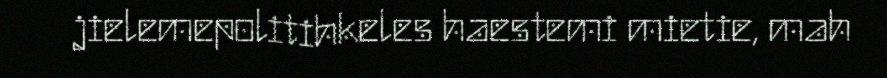
jielemepolitihkeles haestemi mietie, mah